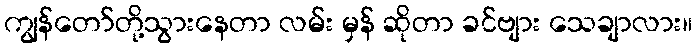
ကျွန်တော်တို့သွားနေတာ လမ်း မှန် ဆိုတာ ခင်ဗျား သေချာလား။